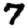
Digit: 7